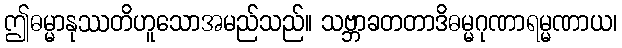
ဤဓမ္မာနုဿတိဟူသောအမည်သည်။ သဗ္ဘာခတတာဒိဓမ္မဂုဏာရမ္မဏာယ၊